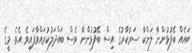
ބައެއް ބޭފުޅުންނާ ލަންކާ ސަރުކާރުގެ އިސް ބޭފުޅުންނާ ވެސް ބައްދަލުކުރައްވާފައިވެ އެވެ. މީގެ